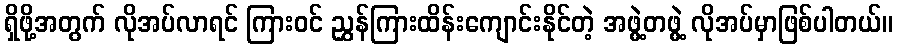
ရှိဖို့အတွက် လိုအပ်လာရင် ကြားဝင် ညွှန်ကြားထိန်းကျောင်းနိုင်တဲ့ အဖွဲ့တဖွဲ့ လိုအပ်မှာဖြစ်ပါတယ်။